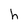
Character: h